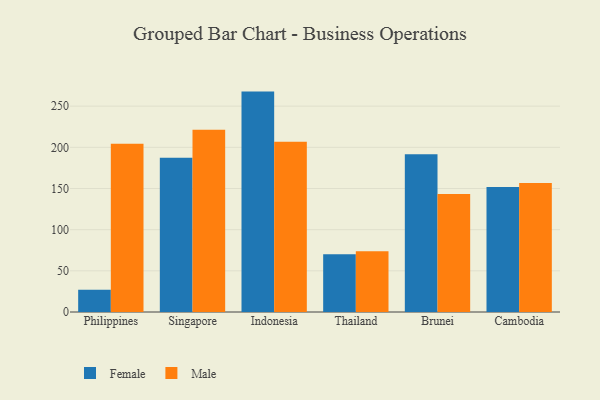
{"axis": {"x": "Country", "y": "Conversion Rate (%)"}, "legend": ["Female", "Male"], "data": [{"x": "Philippines", "y": 27.0, "type": "Female"}, {"x": "Philippines", "y": 204.5, "type": "Male"}, {"x": "Singapore", "y": 187.5, "type": "Female"}, {"x": "Singapore", "y": 221.4, "type": "Male"}, {"x": "Indonesia", "y": 267.7, "type": "Female"}, {"x": "Indonesia", "y": 206.9, "type": "Male"}, {"x": "Thailand", "y": 70.1, "type": "Female"}, {"x": "Thailand", "y": 73.9, "type": "Male"}, {"x": "Brunei", "y": 191.7, "type": "Female"}, {"x": "Brunei", "y": 143.4, "type": "Male"}, {"x": "Cambodia", "y": 151.8, "type": "Female"}, {"x": "Cambodia", "y": 156.7, "type": "Male"}]}